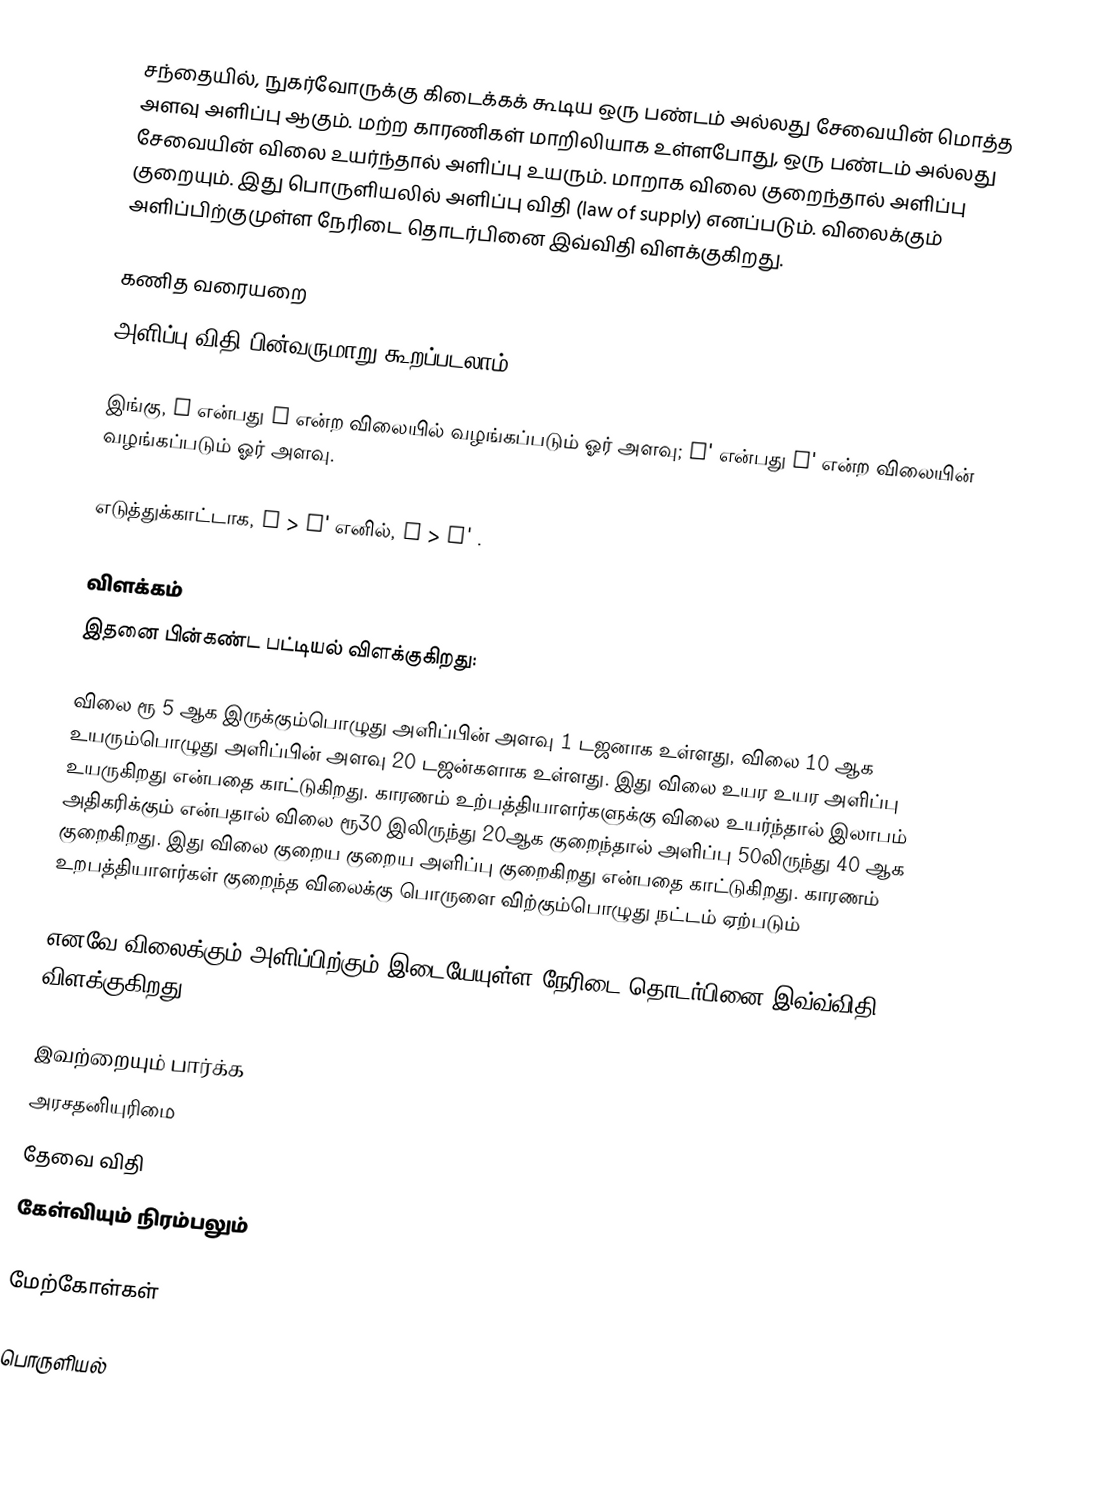
சந்தையில், நுகர்வோருக்கு கிடைக்கக் கூடிய ஒரு பண்டம் அல்லது சேவையின் மொத்த அளவு அளிப்பு ஆகும். மற்ற காரணிகள் மாறிலியாக உள்ளபோது, ஒரு பண்டம் அல்லது சேவையின் விலை உயர்ந்தால் அளிப்பு உயரும். மாறாக விலை குறைந்தால் அளிப்பு குறையும். இது பொருளியலில் அளிப்பு விதி (law of supply) எனப்படும். விலைக்கும் அளிப்பிற்குமுள்ள நேரிடை தொடர்பினை இவ்விதி விளக்குகிறது.

கணித வரையறை
அளிப்பு விதி பின்வருமாறு கூறப்படலாம்:

இங்கு, y என்பது p என்ற விலையில் வழங்கப்படும் ஓர் அளவு; y'  என்பது p'  என்ற விலையின் வழங்கப்படும் ஓர் அளவு.

எடுத்துக்காட்டாக, p > p'  எனில், y > y' .

விளக்கம்
இதனை பின்கண்ட பட்டியல் விளக்குகிறது:

விலை ரூ 5 ஆக இருக்கும்பொழுது அளிப்பின் அளவு 1 டஜனாக உள்ளது, விலை 10 ஆக உயரும்பொழுது அளிப்பின் அளவு 20 டஜன்களாக உள்ளது. இது விலை உயர உயர அளிப்பு உயருகிறது என்பதை காட்டுகிறது. காரணம் உற்பத்தியாளர்களுக்கு விலை உயர்ந்தால் இலாபம் அதிகரிக்கும் என்பதால் விலை ரூ30 இலிருந்து 20ஆக குறைந்தால் அளிப்பு 50லிருந்து 40 ஆக குறைகிறது. இது விலை குறைய குறைய அளிப்பு குறைகிறது என்பதை காட்டுகிறது. காரணம் உறபத்தியாளர்கள் குறைந்த விலைக்கு பொருளை விற்கும்பொழுது நட்டம் ஏற்படும்

எனவே விலைக்கும் அளிப்பிற்கும் இடையேயுள்ள நேரிடை தொடர்பினை இவ்வ்விதி விளக்குகிறது.

இவற்றையும் பார்க்க
அரசதனியுரிமை
தேவை விதி
கேள்வியும் நிரம்பலும்

மேற்கோள்கள்

பொருளியல்